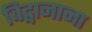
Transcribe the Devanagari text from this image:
विद्वानाना